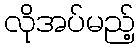
လိုအပ်မည့်